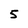
Character: 5